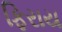
ફિરાય